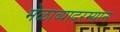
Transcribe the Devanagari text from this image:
मेळाव्यादरम्यान